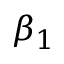
\beta _ { 1 }